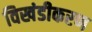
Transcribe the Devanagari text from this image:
विखंडीकरण